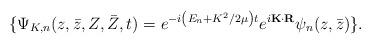
LaTeX: \begin{align*}\{\Psi_{K,n}(z,\bar z, Z,\bar Z, t) =e^{-i\left(E_n+K^2/2\mu\right)t} e^{i{\bf K}\cdot{\bf R}}\psi_n(z,\bar z)\}.\end{align*}